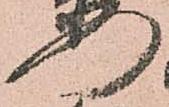
門